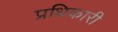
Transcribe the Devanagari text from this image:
प्रधिकारी